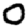
Digit: 0